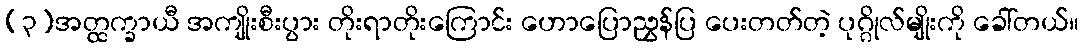
(၃)အတ္ထက္ခာယီ အကျိုးစီးပွား တိုးရာတိုးကြောင်း ဟောပြောညွှန်ပြ ပေးတတ်တဲ့ ပုဂ္ဂိုလ်မျိုးကို ခေါ်တယ်။